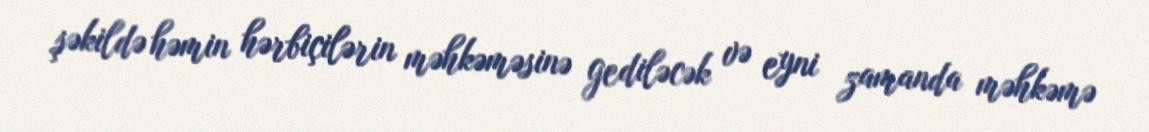
şəkildə həmin hərbiçilərin məhkəməsinə gediləcək və eyni zamanda məhkəmə